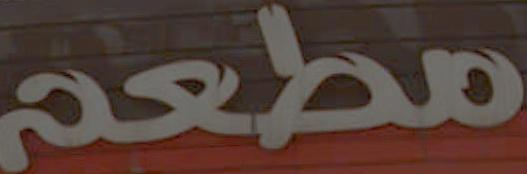
مطعم